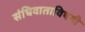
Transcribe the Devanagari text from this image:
संधिवाताविषयी